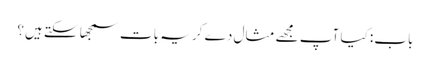
باب: کیا آپ مجھے مثال دے کر یہ بات سمجھا سکتے ہیں؟